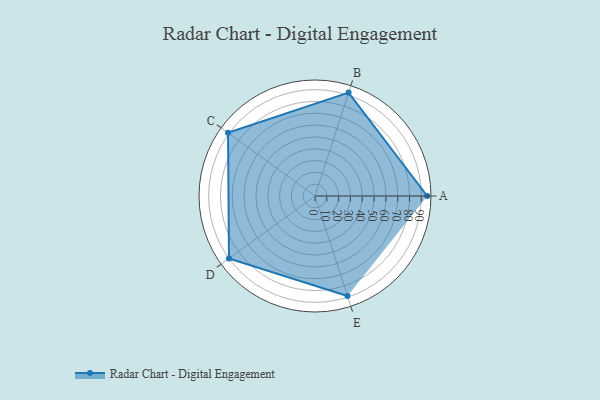
{"axis": {"x": "Skill", "y": "Score"}, "legend": ["Profile"], "data": [{"x": "A", "y": 95.0, "type": "Profile"}, {"x": "B", "y": 92.0, "type": "Profile"}, {"x": "C", "y": 91.0, "type": "Profile"}, {"x": "D", "y": 90.0, "type": "Profile"}, {"x": "E", "y": 89.0, "type": "Profile"}]}